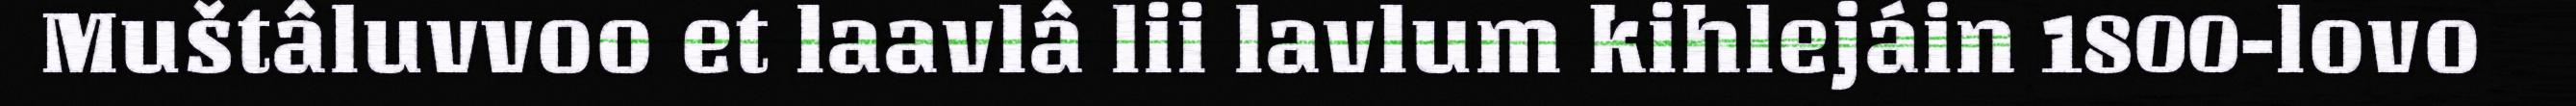
Muštâluvvoo et laavlâ lii lavlum kihlejáin 1800-lovo